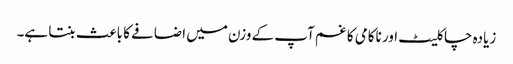
زیادہ چاکلیٹ اور ناکامی کا غم آپ کے وزن میں اضافے کا باعث بنتا ہے۔